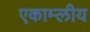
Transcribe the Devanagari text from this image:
एकाम्लीय